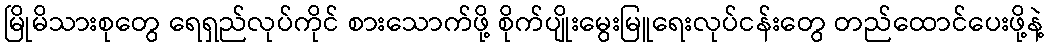
မြိုမိသားစုတွေ ရေရှည်လုပ်ကိုင် စားသောက်ဖို့ စိုက်ပျိုးမွေးမြူရေးလုပ်ငန်းတွေ တည်ထောင်ပေးဖို့နဲ့